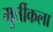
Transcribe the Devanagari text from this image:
मुर्तीकला